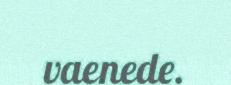
vaenede.